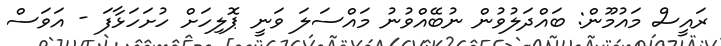
ރައީސް މައުމޫން: ބައްދަލުވުން ނުބޭއްވުނު މައްސަލަ ވަނީ ޕޮލިހަށް ހުށަހަޅާފަ - އަވަސް